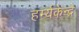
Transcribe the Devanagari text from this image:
हर्म्यकेन्द्रे